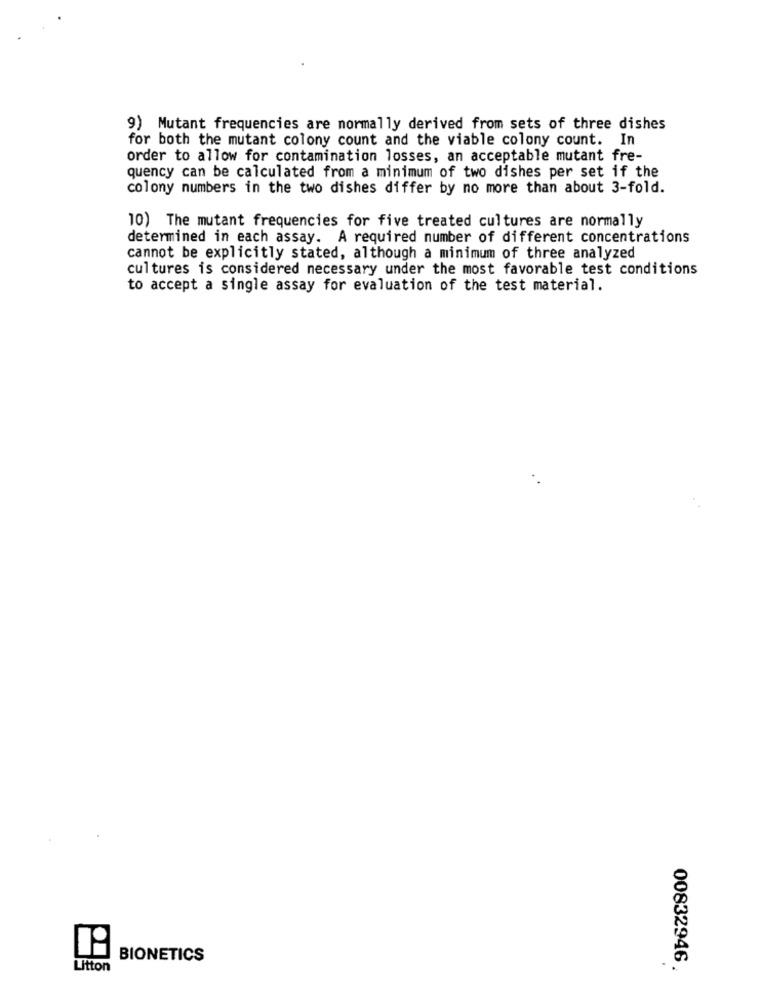
9) Mutant frequencies are normally derived from sets of three dishes
for both the mutant colony count and the viable colony count. In
order to allow for contamination losses, an acceptable mutant fre-
quency can be calculated from a minimum of two dishes per set if the
colony numbers in the two dishes differ by no more than about 3-fold.
10) The mutant frequencies for five treated cultures are normally
determined in each assay. A required number of different concentrations
cannot be explicitly stated, although a minimum of three analyzed
cultures is considered necessary under the most favorable test conditions
to accept a single assay for evaluation of the test material.
BIONETICS
00832946
Litton